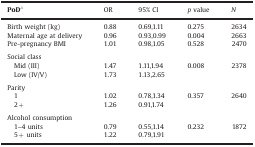
| PoDa | OR | 95% CI | p value | N |
 | --- | --- | --- | --- | --- |
 | Birth weight (kg) | 0.88 | 0.69,1.11 | 0.275 | 2634 |
 | Maternal age at delivery | 0.96 | 0.93,0.99 | 0.004 | 2663 |
 | Pre-pregnancy BMI | 1.01 | 0.98,1.05 | 0.528 | 2470 |
 | <COLSPAN=5>  |
 | <COLSPAN=3> Social class |  |  |
 | Mid (III) | 1.47 | 1.11,1.94 | 0.008 | 2378 |
 | Low (IV/V) | 1.73 | 1.13,2.65 |  |  |
 | <COLSPAN=5>  |
 | <COLSPAN=5> Parity |
 | 1 | 1.02 | 0.78,1.34 | 0.357 | 2640 |
 | 2+ | 1.26 | 0.91,1.74 |  |  |
 | <COLSPAN=5>  |
 | <COLSPAN=5> Alcohol consumption |
 | 1–4 units | 0.79 | 0.55,1.14 | 0.232 | 1872 |
 | 5+ units | 1.22 | 0.79,1.91 |  |  |